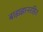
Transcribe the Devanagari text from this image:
बाह्यज्ञानरहित